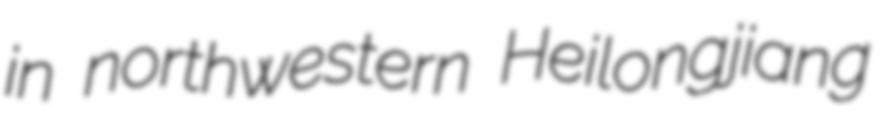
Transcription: in northwestern Heilongjiang